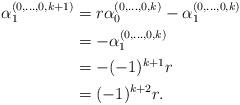
LaTeX: \begin{align*}\alpha_1^{(0,\ldots,0,k+1)}&=r\alpha_0^{(0,\ldots,0,k)}-\alpha_1^{(0,\ldots,0,k)}\\&=-\alpha_1^{(0,\ldots,0,k)}\\&=-(-1)^{k+1} r\\&=(-1)^{k+2} r.\end{align*}